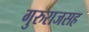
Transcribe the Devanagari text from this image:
गुरुराजसह